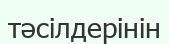
тәсілдерінін